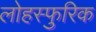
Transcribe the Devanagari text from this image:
लोहस्फुरिक